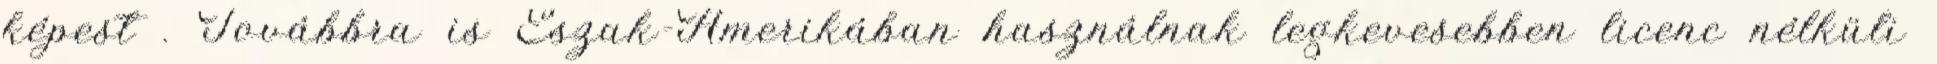
képest . Továbbra is Észak-Amerikában használnak legkevesebben licenc nélküli